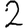
Digit: 2